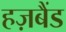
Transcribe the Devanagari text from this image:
हज़बैंड